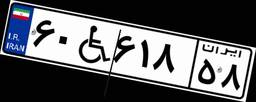
۶۰W۶۱۸۵۸